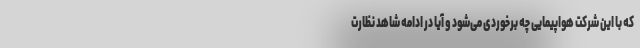
که با این شرکت‌ هواپیمایی چه برخوردی می‌شود و آیا در ادامه شاهد نظارت